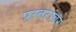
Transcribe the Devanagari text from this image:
प्रस्तरांवर